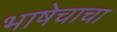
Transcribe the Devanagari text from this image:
भाषेचाचा